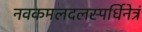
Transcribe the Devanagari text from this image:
नवकमलदलस्पर्धिनेत्रं